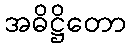
အဓိဋ္ဌိတော